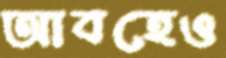
আবহেও